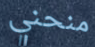
منحني